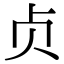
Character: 贞